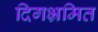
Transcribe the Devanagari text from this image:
दिगभ्रमित